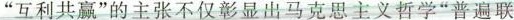
”互利共赢”的主张不仅彰显出马克思主义哲学”普遍联